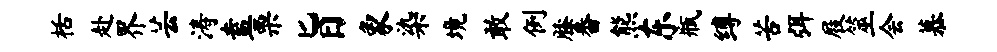
栝赴界芸涛盍栗旨象染境敢例膝番熊东瓶缚苦弭屐筮会慕